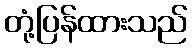
တုံ့ပြန်ထားသည်